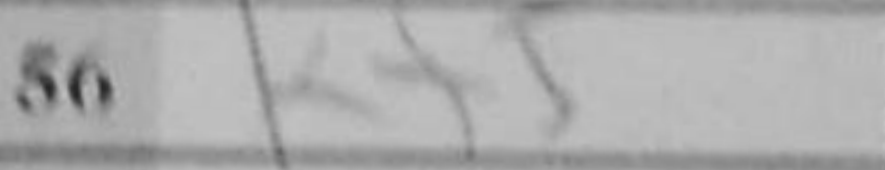
Transcription: Kf5